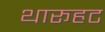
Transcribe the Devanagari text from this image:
थारूहट